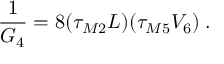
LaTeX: \frac { 1 } { G _ { 4 } } = 8 ( \tau _ { M 2 } L ) ( \tau _ { M 5 } V _ { 6 } ) \; .